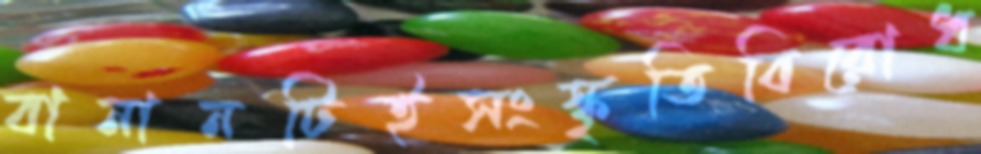
বানানটিইসংস্কৃতিবিরোধ